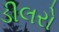
ડીલરો